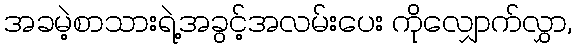
အခမဲ့စာသားရဲ့အခွင့်အလမ်းပေး ကိုလျှောက်လွှာ,